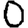
Digit: 0